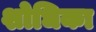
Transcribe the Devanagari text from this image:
शोधिका